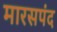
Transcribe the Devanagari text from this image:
मारसपंद